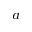
^ a